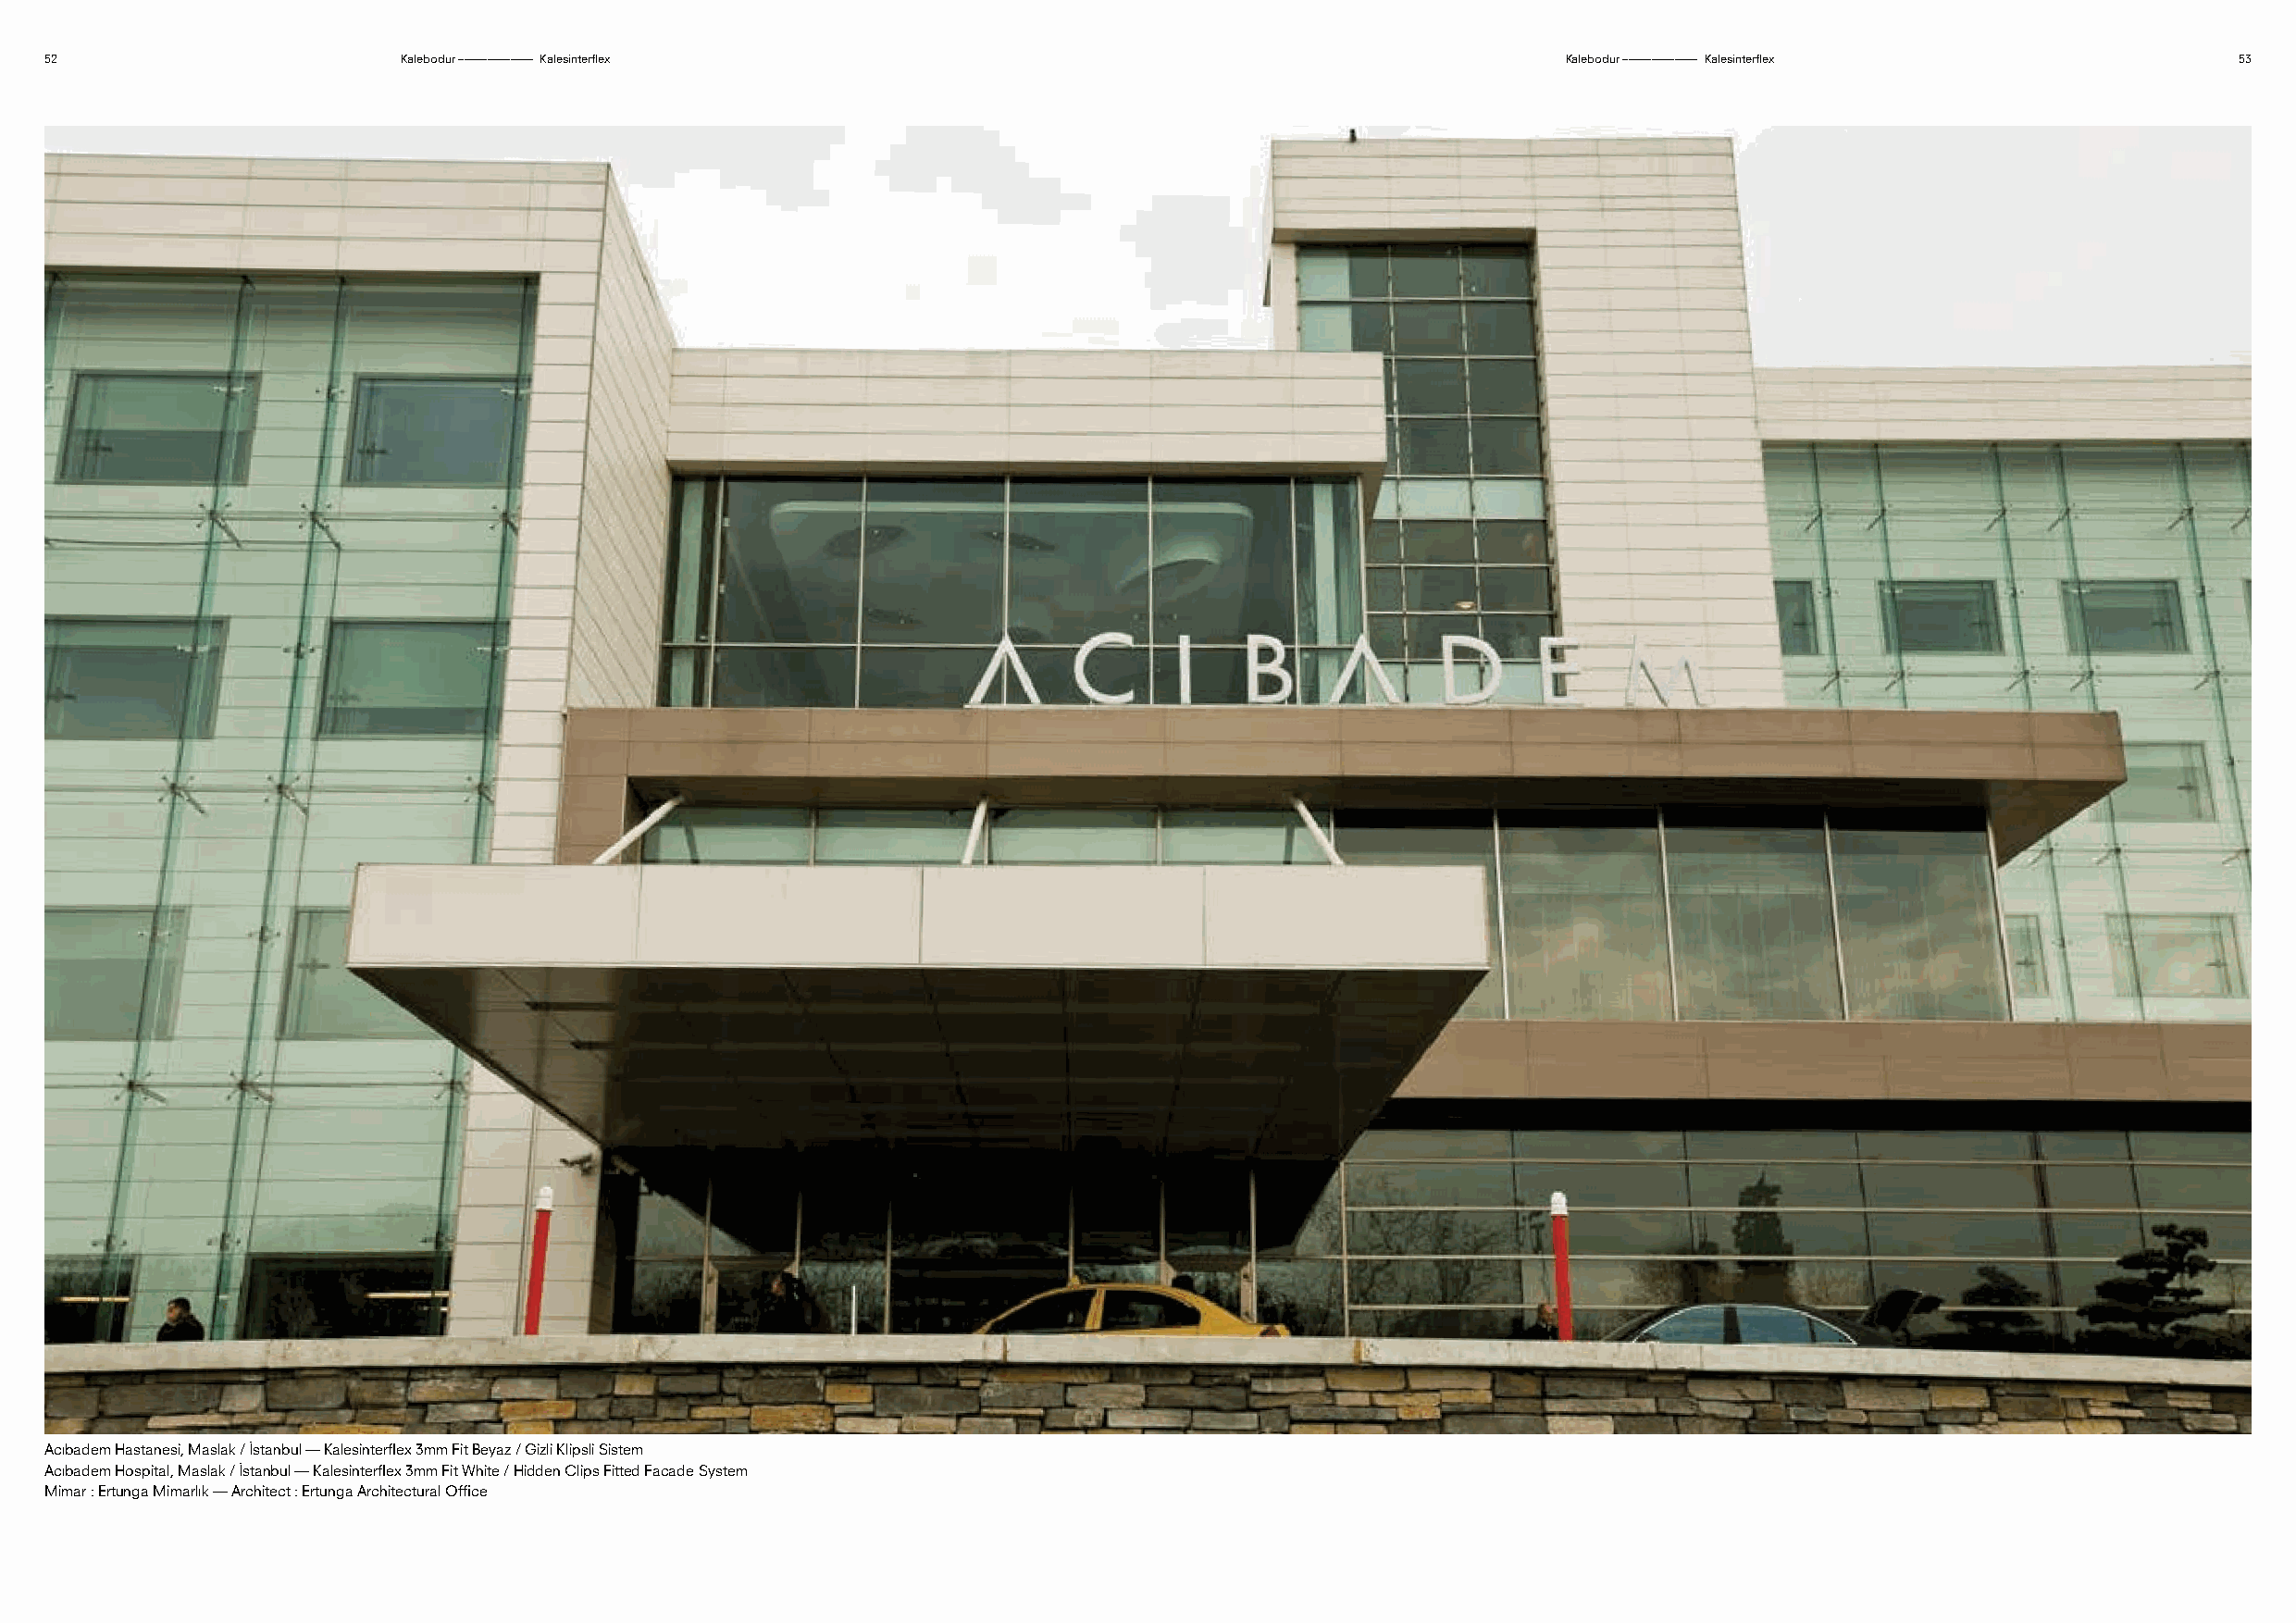
52                        Kalebodur ––––––––––––– Kalesinterflex                                             Kalebodur ––––––––––––– Kalesinterflex          53
 Acıbadem Hastanesi, Maslak / İstanbul — Kalesinterflex 3mm Fit Beyaz / Gizli Klipsli Sistem
 Acıbadem Hospital, Maslak / İstanbul — Kalesinterflex 3mm Fit White / Hidden Clips Fitted Facade System
 Mimar : Ertunga Mimarlık — Architect : Ertunga Architectural Office